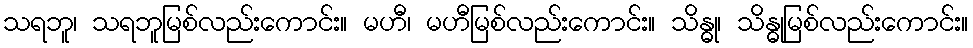
သရဘူ၊ သရဘူမြစ်လည်းကောင်း။ မဟီ၊ မဟီမြစ်လည်းကောင်း။ သိန္ဓု၊ သိန္ဓုမြစ်လည်းကောင်း။